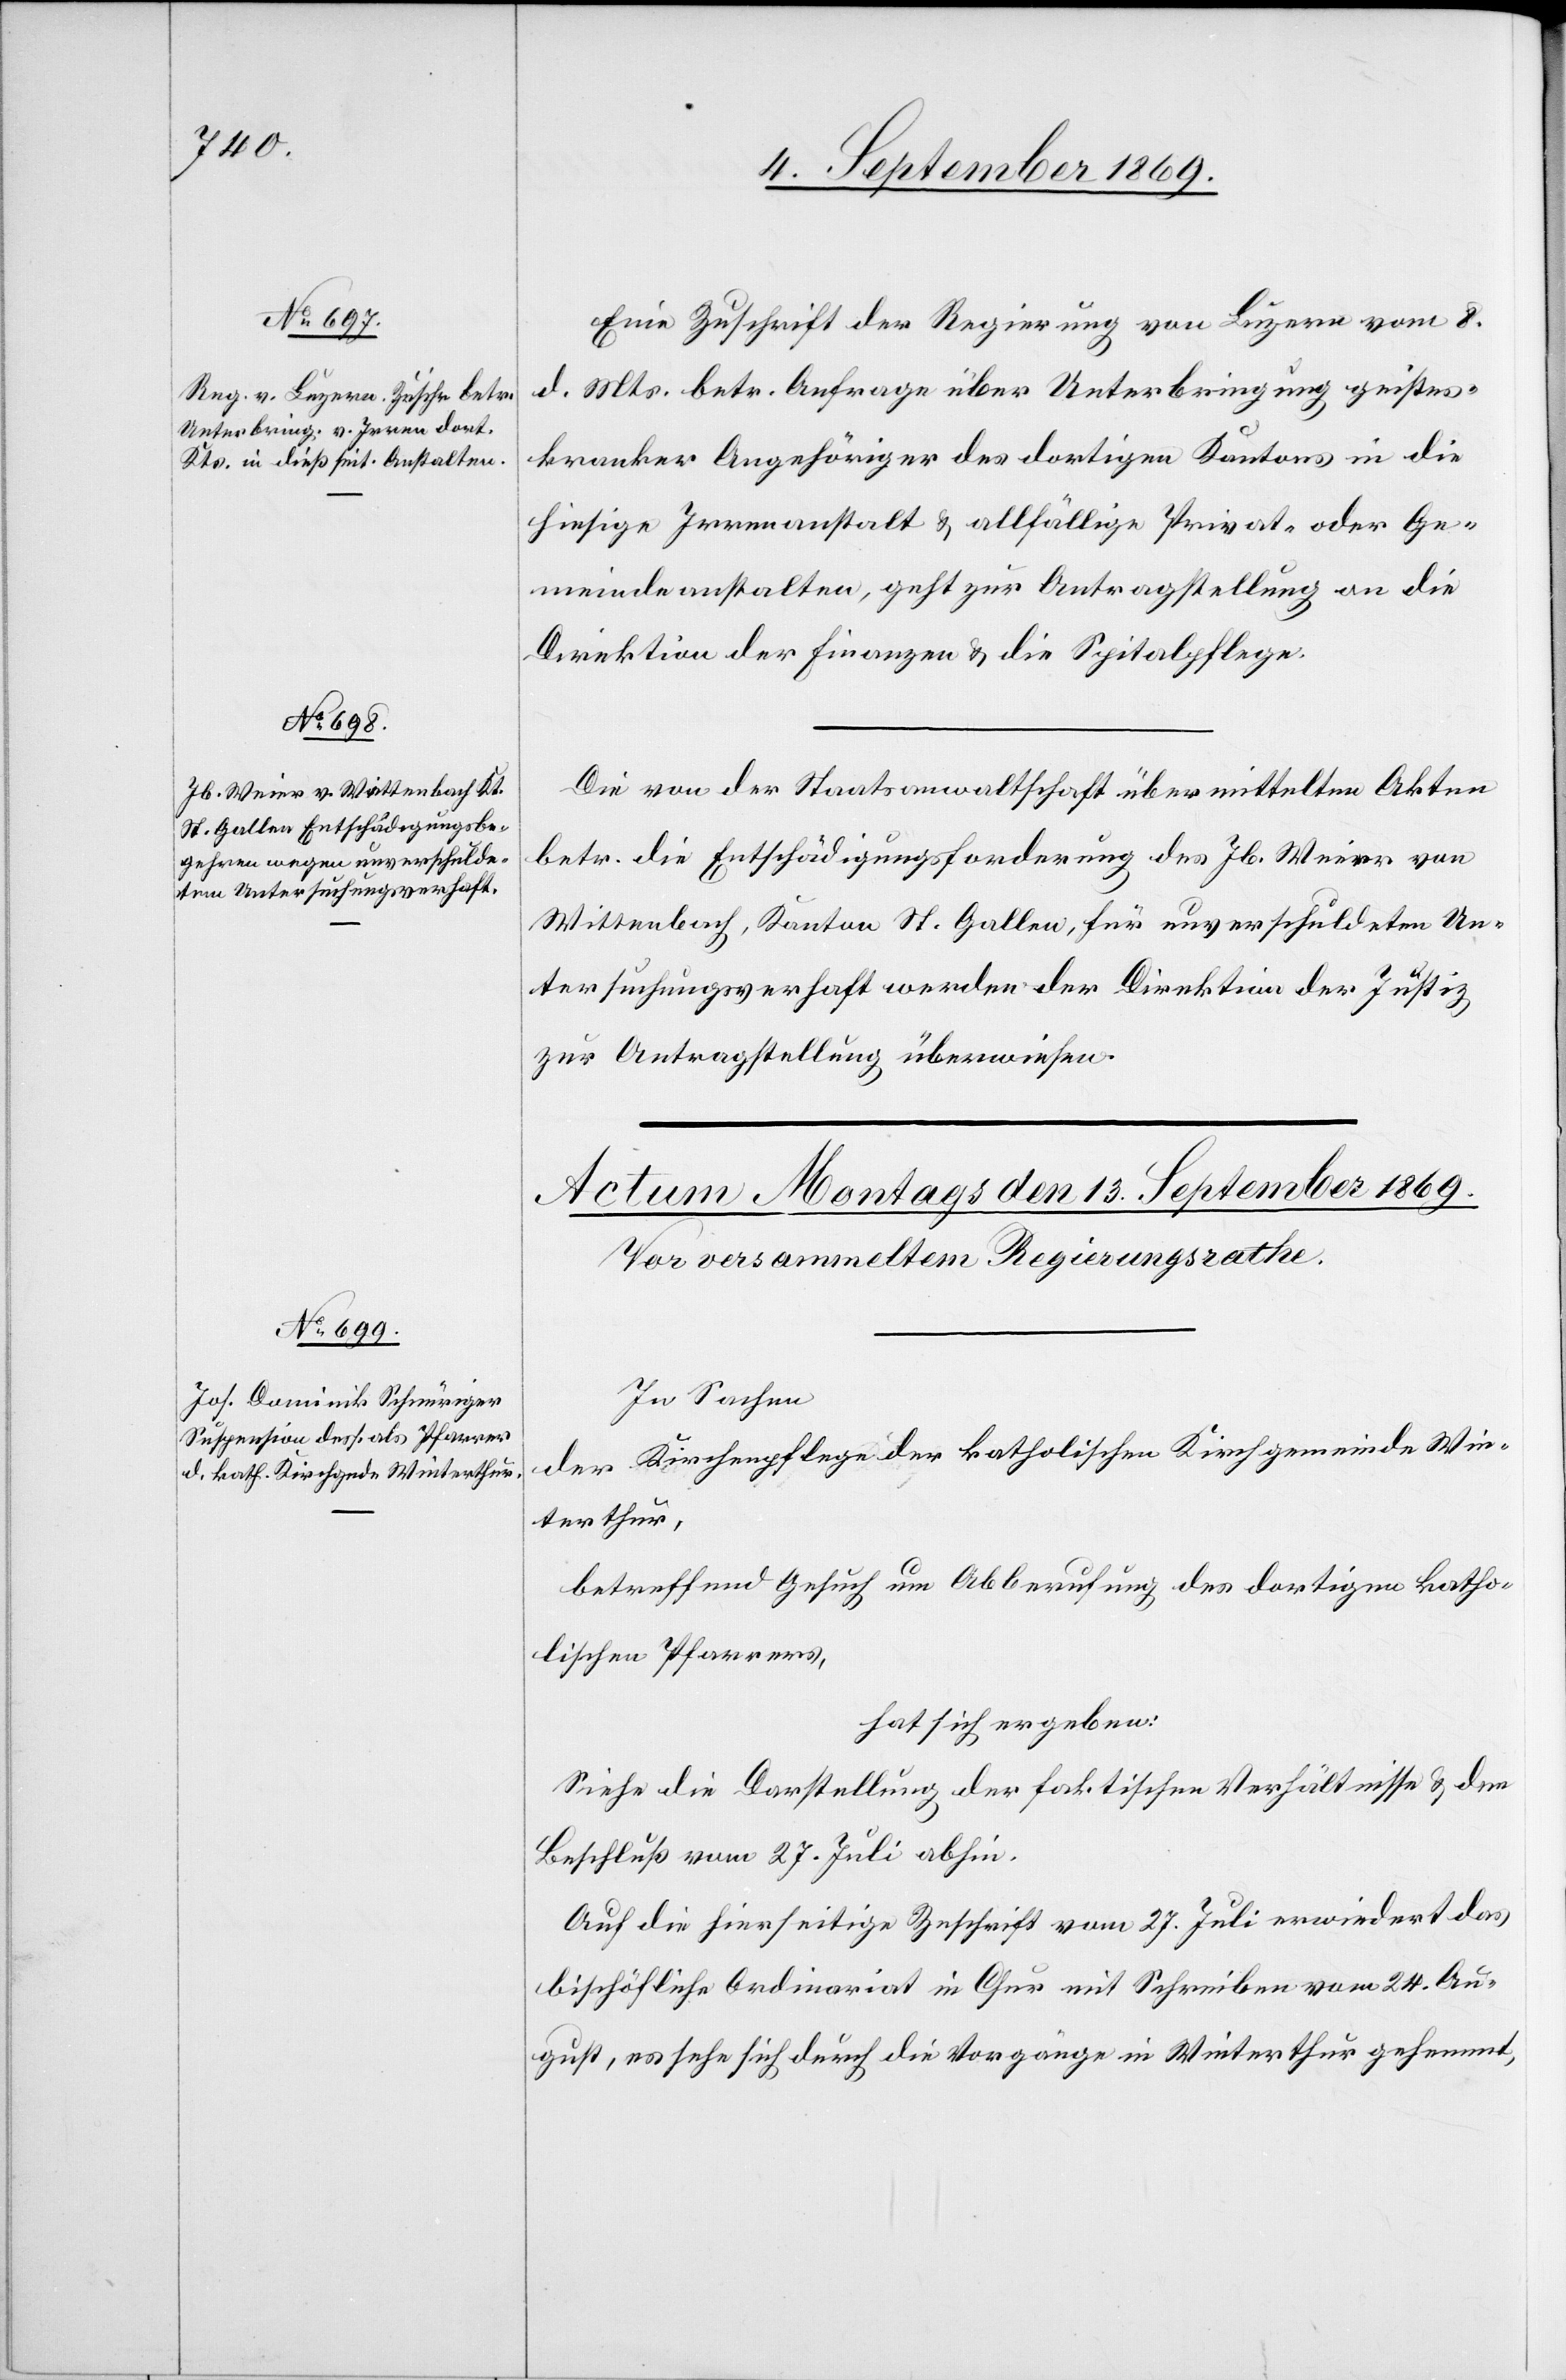
11. September 1869.]
Eine Zuschrift der Regierung von Luzern vom 8.
d. Mts. betr. Anfrage über Unterbringung geistes¬
kranker Angehöriger des dortigen Kantons in die
hiesige Irrenanstalt & allfällige Privat- oder Ge¬
meindeanstalten, geht zur Antragstellung an die
Direktion der Finanzen & die Spitalpflege.
Die von der Staatsanwaltschaft übermittelten Akten
betr. die Entschädigungsforderung des Jb. Weier von
Wittenbach, Kanton St. Gallen, für unverschuldeten Un¬
tersuchungsverhaft werden der Direktion der Justiz
zur Antragstellung überwiesen.
In Sachen
der Kirchenpflege der katholischen Kirchgemeinde Win¬
terthur,
betreffend Gesuch um Abberufung des dortigen katho¬
lischen Pfarrers,
hat sich ergeben:
Siehe die Darstellung der faktischen Verhältnisse & den
Beschluß vom 27. Juli abhin.
Auf die hierseitige Zuschrift vom 27. Juli erwiedert das
bischöfliche Ordinariat in Chur mit Schreiben vom 24. Au¬
gust, es sehe sich durch die Vorgänge in Winterthur gehemmt,